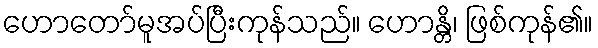
ဟောတော်မူအပ်ပြီးကုန်သည်။ ဟောန္တိ၊ ဖြစ်ကုန်၏။